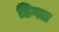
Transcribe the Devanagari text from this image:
डिगत